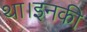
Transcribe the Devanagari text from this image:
था।इनकी